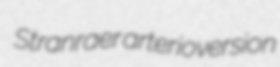
Stranraer arterioversion